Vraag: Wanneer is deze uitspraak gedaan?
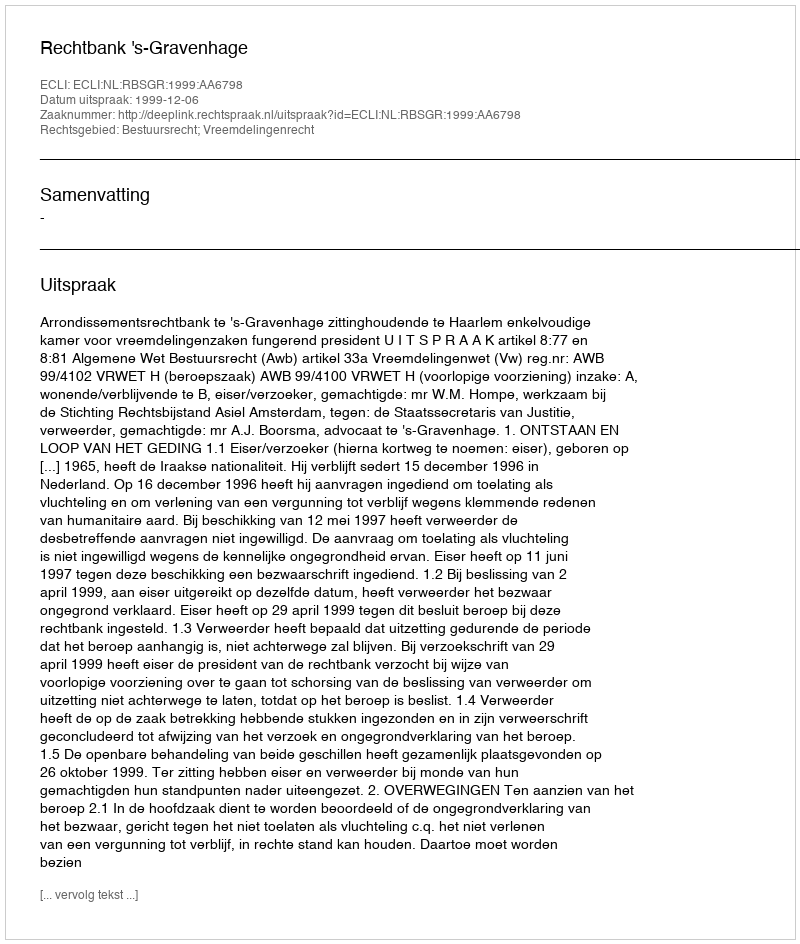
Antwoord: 1999-12-06